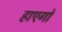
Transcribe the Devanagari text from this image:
हाएगो